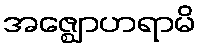
အဇ္ဈောဟရာမိ